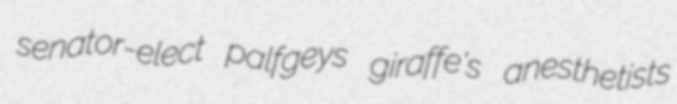
senator-elect palfgeys giraffe's anesthetists